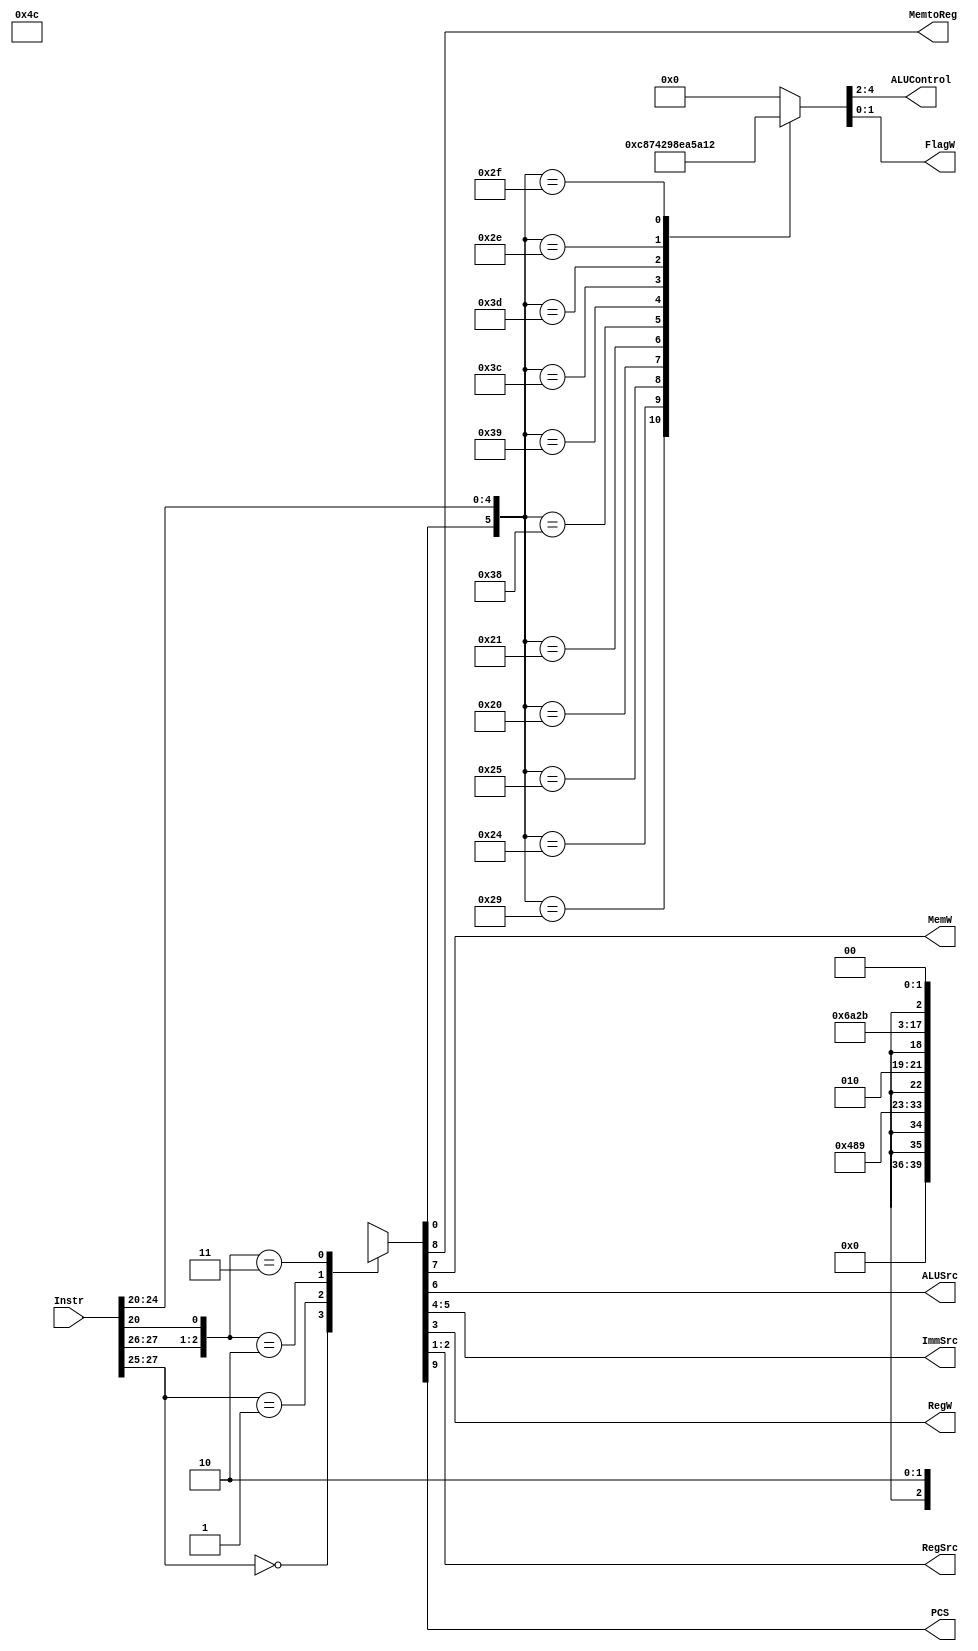
module Decoder(
    input [31:0] Instr,

    output reg MemtoReg,
    output reg MemW,
    output reg ALUSrc,
    output reg [1:0] ImmSrc,
    output reg RegW,
    output reg [1:0] RegSrc,
    output reg [2:0] ALUControl,
    output reg [1:0] FlagW,
    output reg PCS
  );

  reg ALUOp;
  reg Branch;

  reg [9:0] Main;
  //! Main Decoder
  always @(*)
    begin
      casex ({Instr[27:25], Instr[20]}) // Op, Funct5, Funct0
        4'b000x :
          Main = 10'b0000xx1001; // DP reg
        4'b001x :
          Main = 10'b0001001x01; // DP imm
        4'b01x0 :
          Main = 10'b0x11010100; // STR
        4'b01x1 :
          Main = 10'b0101011x00; // LDR
        default:
          Main = 10'b1001100x10; // B
      endcase
      {Branch, MemtoReg, MemW, ALUSrc, ImmSrc, RegW, RegSrc, ALUOp} = Main;
    end

  reg [4:0] ALU;
  //! ALU Decoder
  always @(*)
    begin
      case ({ALUOp, Instr[24:20]}) // ALUOp, Funct4:1, Funct0
        6'b101000 :
          ALU = 5'b00000; // ADD
        6'b101001 :
          ALU = 5'b00011; // ADDS
        6'b100100 :
          ALU = 5'b00100; // SUB
        6'b100101 :
          ALU = 5'b00111; // SUBS
        6'b100000 :
          ALU = 5'b01000; // AND
        6'b100001 :
          ALU = 5'b01010; // ANDS
        6'b111000 :
          ALU = 5'b01100; // ORR
        6'b111001 :
          ALU = 5'b01110; // ORRS

        6'b111100:
          ALU = 5'b10100; // SMUL
        6'b111101:
          ALU = 5'b10110; // SMULS
        6'b101110:
          ALU = 5'b10000; // UMUL
        6'b101111:
          ALU = 5'b10010; // UMULS

        default:
          ALU = 5'b00000; // Not DP
      endcase

      {ALUControl, FlagW} = ALU;

    end


  //! PC Logic
  always @(*)
    PCS = Branch;

endmodule